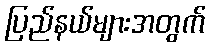
ပြည်နယ်များအတွက်